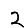
Digit: 2